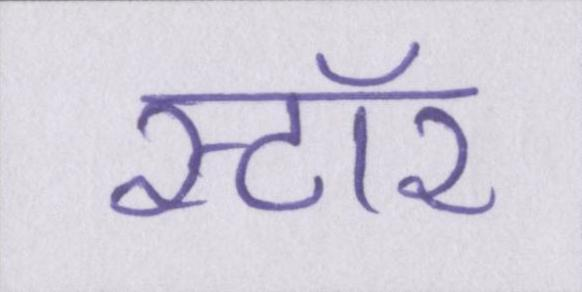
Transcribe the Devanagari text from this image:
स्टॉर